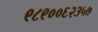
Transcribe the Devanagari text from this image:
९८९००६२३५७